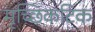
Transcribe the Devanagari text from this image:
मृच्छिकटिक